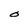
Character: O